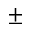
\pm